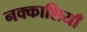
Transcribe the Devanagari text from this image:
नक्काशियाँ